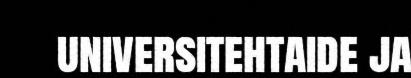
universitehtaide ja